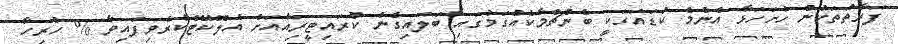
ފަރާތްތަކުން ހުށަހަޅާ އެންމެ ކުޑައަގަކީ ބެންޗްމާކެއްގަމުގައި ބަލައިގެން ކްރައިޓީރިއާއަށް އެލޮކޭޓްކުރެވިފައިވާ % ހުރިހާ